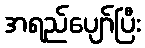
အရည်ပျော်ပြီး